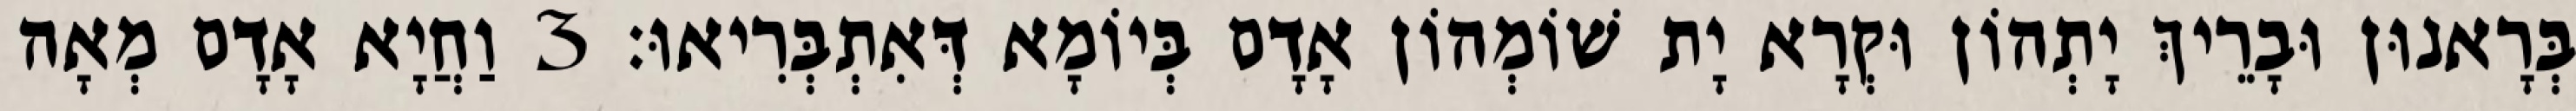
בְּרָאנוּן וּבָרֵיךְ יָתְהוֹן וּקְרָא יָת שׁוֹמְהוֹן אָדָם בְּיוֹמָא דְּאִתְבְּרִיאוּ׃ 3 וַחֲיָא אָדָם מְאָה